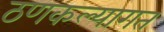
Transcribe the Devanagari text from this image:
ठणकल्यागत